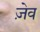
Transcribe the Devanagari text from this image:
ज़ेव